Civil Veterinary Dept. Bombay admin report 1893-99 - 1893-1899
Year: 1893
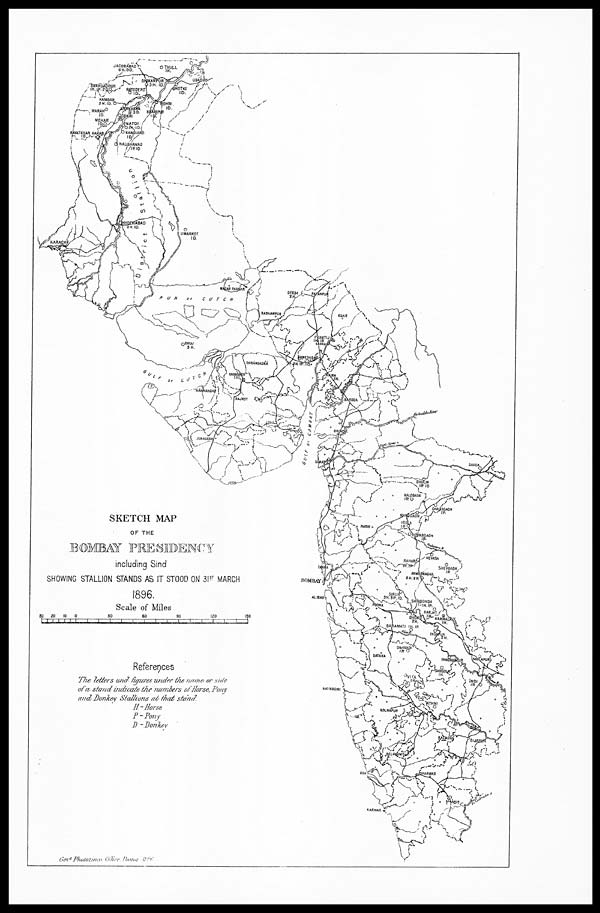
SKETCH MAP
OF THE
BOMBAY PRESIDENCY
including Sind
SHOWING STALLION STANDS AS IT STOOD ON 31 st MARCH
1896.
Scale of Miles
References
The letters and figures under the name or side
of a stand indicate the numbers of Horse, Pony
and Donkey Stallions at that stand.
H
=
Horse
P = Pony
D = Donkey